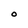
Character: O